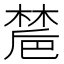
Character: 㯄